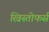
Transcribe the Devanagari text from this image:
ख्रिस्तोफर्स